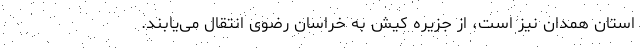
استان همدان نیز است، از جزیره کیش به خراسان رضوی انتقال می‌یابند.